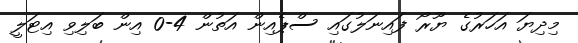
މިދިޔަ އަހަރުގެ ޔޫރޯ ފައިނަލުގައި ސްޕެއިން އަތުން 4-0 އިން ބަލިވި އިޓަލީ